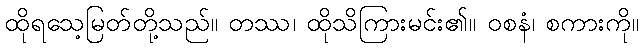
ထိုရသေ့မြတ်တို့သည်။ တဿ၊ ထိုသိကြားမင်း၏။ ဝစနံ၊ စကားကို။